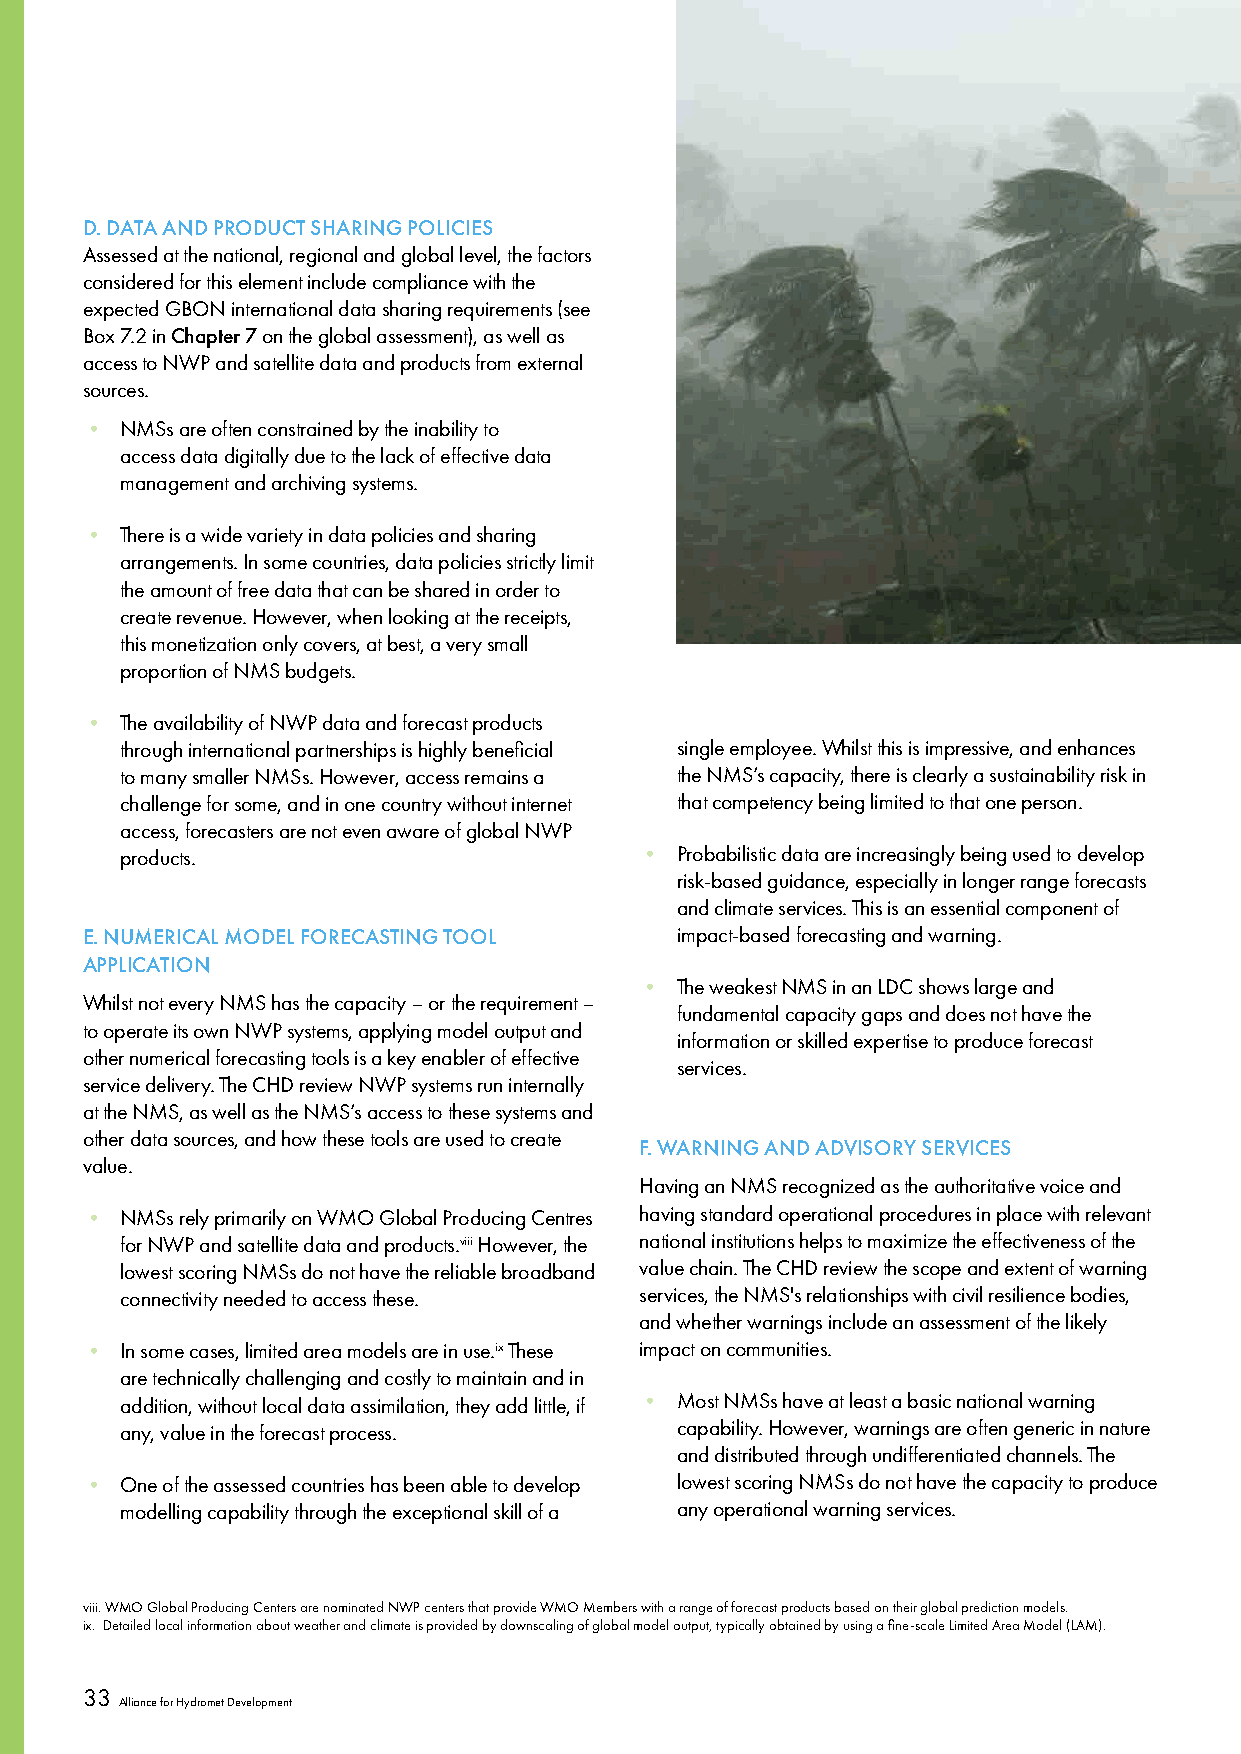
D. DATA AND PRODUCT SHARING POLICIES
 Assessed at the national, regional and global level, the factors
 considered for this element include compliance with the
 expected GBON international data sharing requirements (see
 Box 7.2 in Chapter 7 on the global assessment), as well as
 access to NWP and satellite data and products from external
 sources.
 •  NMSs are often constrained by the inability to
 access data digitally due to the lack of effective data
 management and archiving systems.
 •  There is a wide variety in data policies and sharing
 arrangements. In some countries, data policies strictly limit
 the amount of free data that can be shared in order to
 create revenue. However, when looking at the receipts,
 this monetization only covers, at best, a very small
 proportion of NMS budgets.
 •  The availability of NWP data and forecast products
 through international partnerships is highly beneficial single employee. Whilst this is impressive, and enhances
 to many smaller NMSs. However, access remains a the NMS’s capacity, there is clearly a sustainability risk in
 challenge for some, and in one country without internet that competency being limited to that one person.
 access, forecasters are not even aware of global NWP
 products.                         •  Probabilistic data are increasingly being used to develop
 risk-based guidance, especially in longer range forecasts
 and climate services. This is an essential component of
 E. NUMERICAL MODEL FORECASTING TOOL     impact-based forecasting and warning.
 APPLICATION
 •  The weakest NMS in an LDC shows large and
 Whilst not every NMS has the capacity – or the requirement –
 fundamental capacity gaps and does not have the
 to operate its own NWP systems, applying model output and
 information or skilled expertise to produce forecast
 other numerical forecasting tools is a key enabler of effective
 services.
 service delivery. The CHD review NWP systems run internally
 at the NMS, as well as the NMS’s access to these systems and
 other data sources, and how these tools are used to create
 F. WARNING AND ADVISORY SERVICES
 value.
 Having an NMS recognized as the authoritative voice and
 •  NMSs rely primarily on WMO Global Producing Centres having standard operational procedures in place with relevant
 for NWP and satellite data and products.viii However, the national institutions helps to maximize the effectiveness of the
 lowest scoring NMSs do not have the reliable broadband value chain. The CHD review the scope and extent of warning
 connectivity needed to access these. services, the NMS's relationships with civil resilience bodies,
 and whether warnings include an assessment of the likely
 •  In some cases, limited area models are in use.ix These impact on communities.
 are technically challenging and costly to maintain and in
 addition, without local data assimilation, they add little, if • Most NMSs have at least a basic national warning
 any, value in the forecast process.  capability. However, warnings are often generic in nature
 and distributed through undifferentiated channels. The
 •  One of the assessed countries has been able to develop lowest scoring NMSs do not have the capacity to produce
 modelling capability through the exceptional skill of a any operational warning services.
 viii. WMO Global Producing Centers are nominated NWP centers that provide WMO Members with a range of forecast products based on their global prediction models.
 ix. Detailed local information about weather and climate is provided by downscaling of global model output, typically obtained by using a fine-scale Limited Area Model (LAM).
 33
 Alliance for Hydromet Development